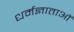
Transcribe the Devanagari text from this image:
धर्मज्ञाताओं